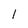
Character: I